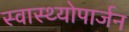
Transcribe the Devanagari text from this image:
स्वास्थ्योपार्जन